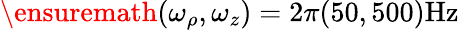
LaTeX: \ensuremath{(\omega_{\rho},\omega_{z})=2\pi(50,500)\mathrm{Hz}}